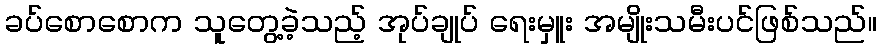
ခပ်စောစောက သူတွေ့ခဲ့သည့် အုပ်ချုပ် ရေးမှူး အမျိုးသမီးပင်ဖြစ်သည်။